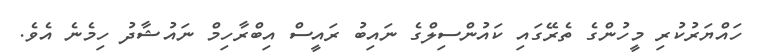
ހައްޔަރުކުރި މީހުންގެ ތެރޭގައި ކައުންސިލްގެ ނައިބު ރައީސް އިބްރާހިމް ނައުޝާދު ހިމެނެ އެވެ.